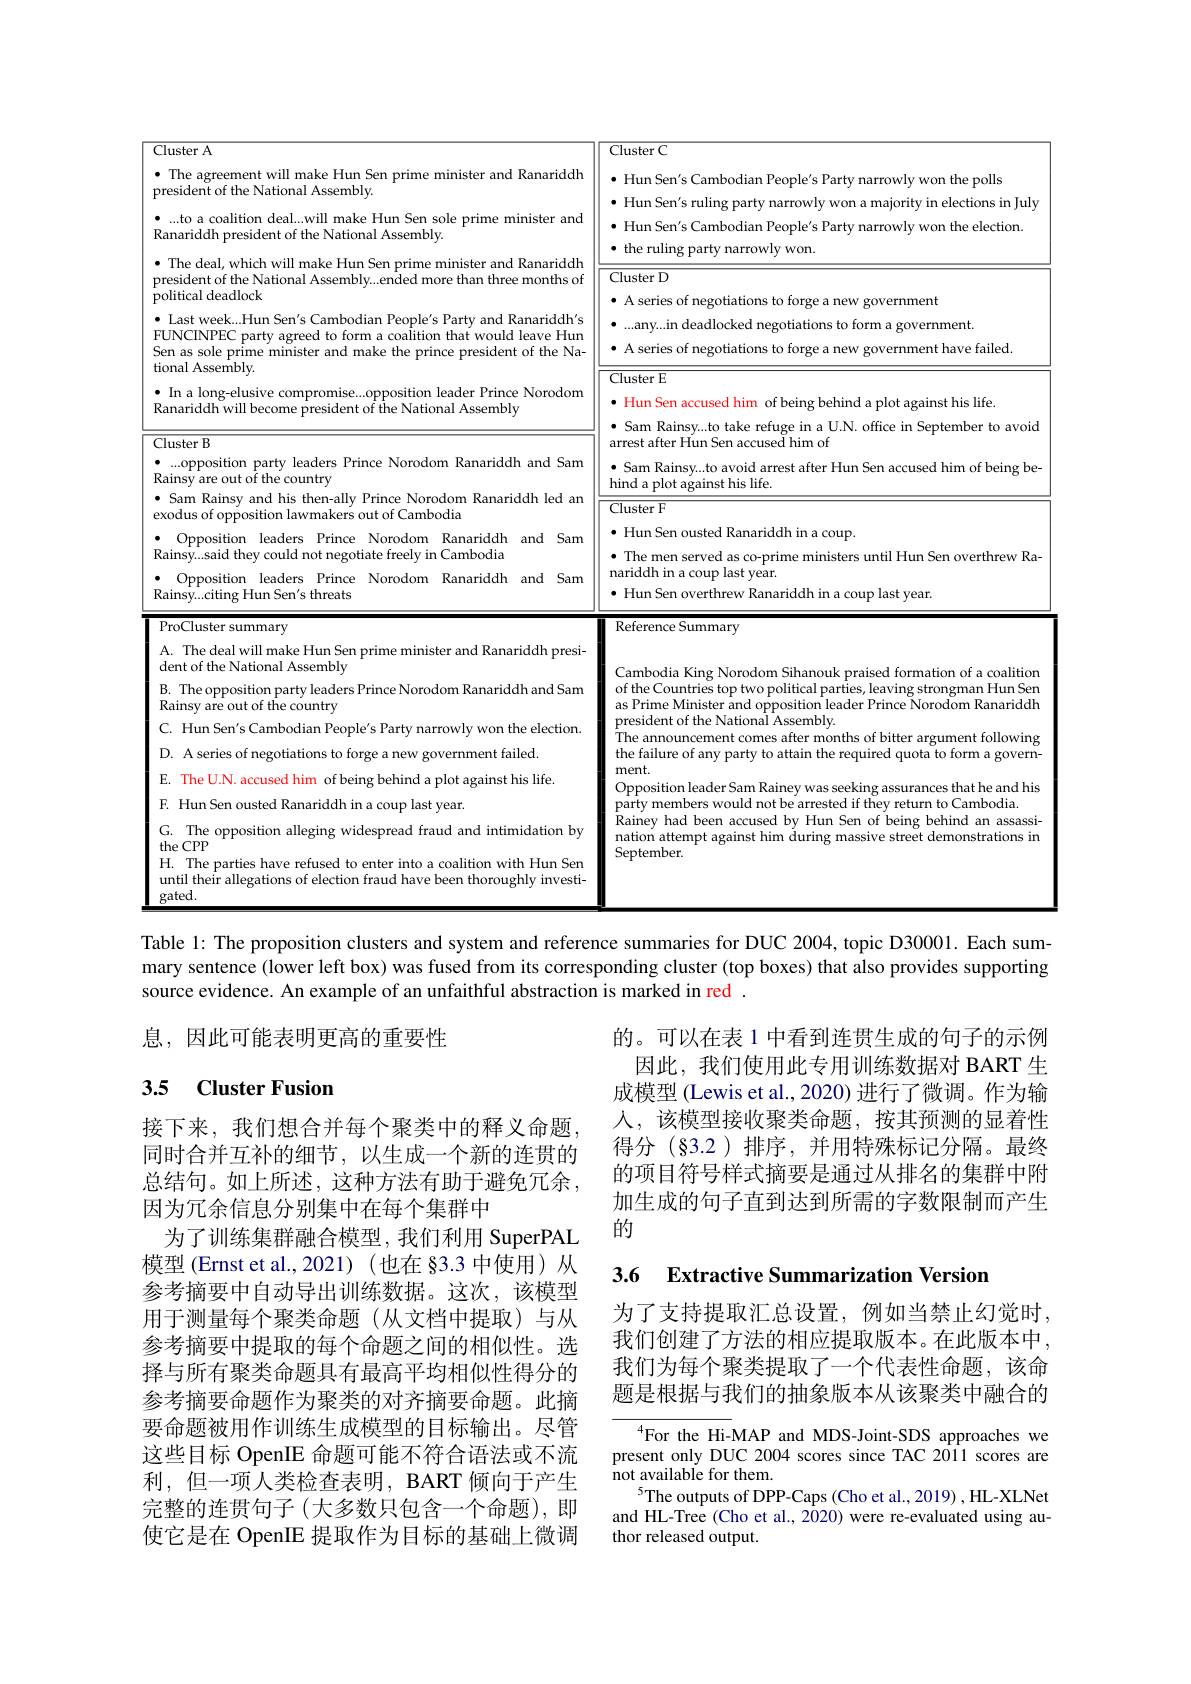
<table>
	<tbody>
		<tr>
			<td>Cluster A $\bullet$ The agreement will make Hun Sen prime minister and Ranariddh president of the National Assembly.</td>
			<td>Cluster L $\bullet$ Hun Sen's Cambodian People's Party narrowly won the polls</td>
		</tr>
		<tr>
			<td>$\bullet$ The deal, which will make Hun Sen prime minister and Ranariddh president of the National Assembly...ended more than three months of political deadlock</td>
			<td>${\mathrm{Purty~1}}$ $^{(1,1)}$ 7 Cluster D ument</td>
		</tr>
		<tr>
			<td>$\bullet$ Last week...Hun Sen's Cambodian People's Party and Ranariddh's FUNCINPEC party agreed to form a coalition that would leave Hun Sen as sole prime minister and make the prince president of the Na- tional Assembly.</td>
			<td>...any...in deadlocked negotiations to form a government. $\bullet$ A series of negotiatior forge a new government have failed.</td>
		</tr>
		<tr>
			<td>A. The deal will make Hun Sen prime minister and Ranariddh presi- dent of the National Assembly</td>
			<td>Cambodia King Norodom Sihanouk praised formation of a coalition</td>
		</tr>
		<tr>
			<td>B. The opposition party leaders Prince Norodom Ranariddh and Sam Rainsy are out of the country C. Hun Sen's Cambodian People's Party narrowly won the election. D. A series of negotiations to forge a new government failed. $\mathrm{E.}^{\tau}$ The U.N. accused him of being behind a plot against his life F. Hun Sen ousted Ranariddh in a coup last year. G. The opposition alleging widespread fraud and intimidation by the CPP H. The parties have refused to enter into a coalition with Hun Sen until their allegations of election fraud have been thoroughly investi- gated.</td>
			<td>of the Countries top two political parties, leaving strongman Hun Sen as Prime Minister and opposition leader Prince Norodom Ranariddh president of the National Assembly. The announcement comes after months of bitter argument following the failure of any party to attain the required quota to form a govern- ment. Opposition leader Sam Rainey was seeking assurances that he and his party members would not be arrested if they return to Cambodia. Rainey had been accused by Hun Sen of being behind an assassi- nation attempt against him during massive street demonstrations in September.</td>
		</tr>
	</tbody>
</table>

Table 1: The proposition clusters and system and reference summaries for DUC 2004, topic D30001. Each summary sentence (lower left box) was fused from its corresponding cluster (top boxes) that also provides supporting source evidence. An example of an unfaithful abstraction is marked in red

息，因此可能表明更高的重要性

## 3.5 Cluster Fusion

的。可以在表 1 中看到连贯生成的句子的示例
因此，我们使用此专用训练数据对 BART 生成模型 (Lewis et al., 2020) 进行了微调。作为输人，该模型接收聚类命题，按其预测的显着性得分(§3.2)排序，并用特殊标记分隔。最终的项目符号样式摘要是通过从排名的集群中附加生成的句子直到达到所需的字数限制而产生的

3.6 Extractive Summarization Versior

接下来，我们想合并每个聚类中的释义命题同时合并互补的细节，以生成一个新的连贯的总结句。如上所述，这种方法有助于避免冗余， 因为冗余信息分别集中在每个集群中
为了训练集群融合模型，我们利用 SuperPAL 模型 (Ernst et al.,2021) (也在 §3.3 中使用) 从参考摘要中自动导出训练数据。这次，该模型用于测量每个聚类命题(从文档中提取)与从参考摘要中提取的每个命题之间的相似性。选择与所有聚类命题具有最高平均相似性得分的参考摘要命题作为聚类的对齐摘要命题。此摘要命题被用作训练生成模型的目标输出。尽管这些目标 OpenIE 命题可能不符合语法或不流利，但一项人类检查表明，BART 倾向于产生完整的连贯句子(大多数只包含一个命题),即使它是在 OpenIE 提取作为目标的基础上微调

为了支持提取汇总设置，例如当禁止幻觉时我们创建了方法的相应提取版本。在此版本中， 我们为每个聚类提取了一个代表性命题，该命题是根据与我们的抽象版本从该聚类中融合的

$^{4}$For the Hi-MAP and MDS-Joint-SDS approaches we present only DUC 2004 scores since TAC 2011 scores are not available for them.
$^{5}$The outputs of DPP-Caps (Cho et al.,2019) ,HL-XLNet and HL-Tree (Cho et al., 2020) were re-evaluated using author released output.